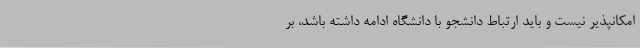
امکانپذیر نیست و باید ارتباط دانشجو با دانشگاه ادامه داشته باشد، بر